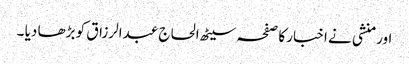
اور منشی نے اخبار کا صفحہ سیٹھ الحاج عبدالرزاق کو بڑھا دیا ۔